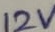
Text: 12V